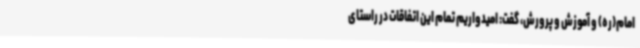
امام(ره) و آموزش و پرورش، گفت: امیدواریم تمام این اتفاقات در راستای